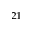
^ { 2 1 }